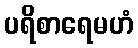
ပရိစာရေမဟံ